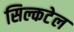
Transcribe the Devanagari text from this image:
सिल्कटेल